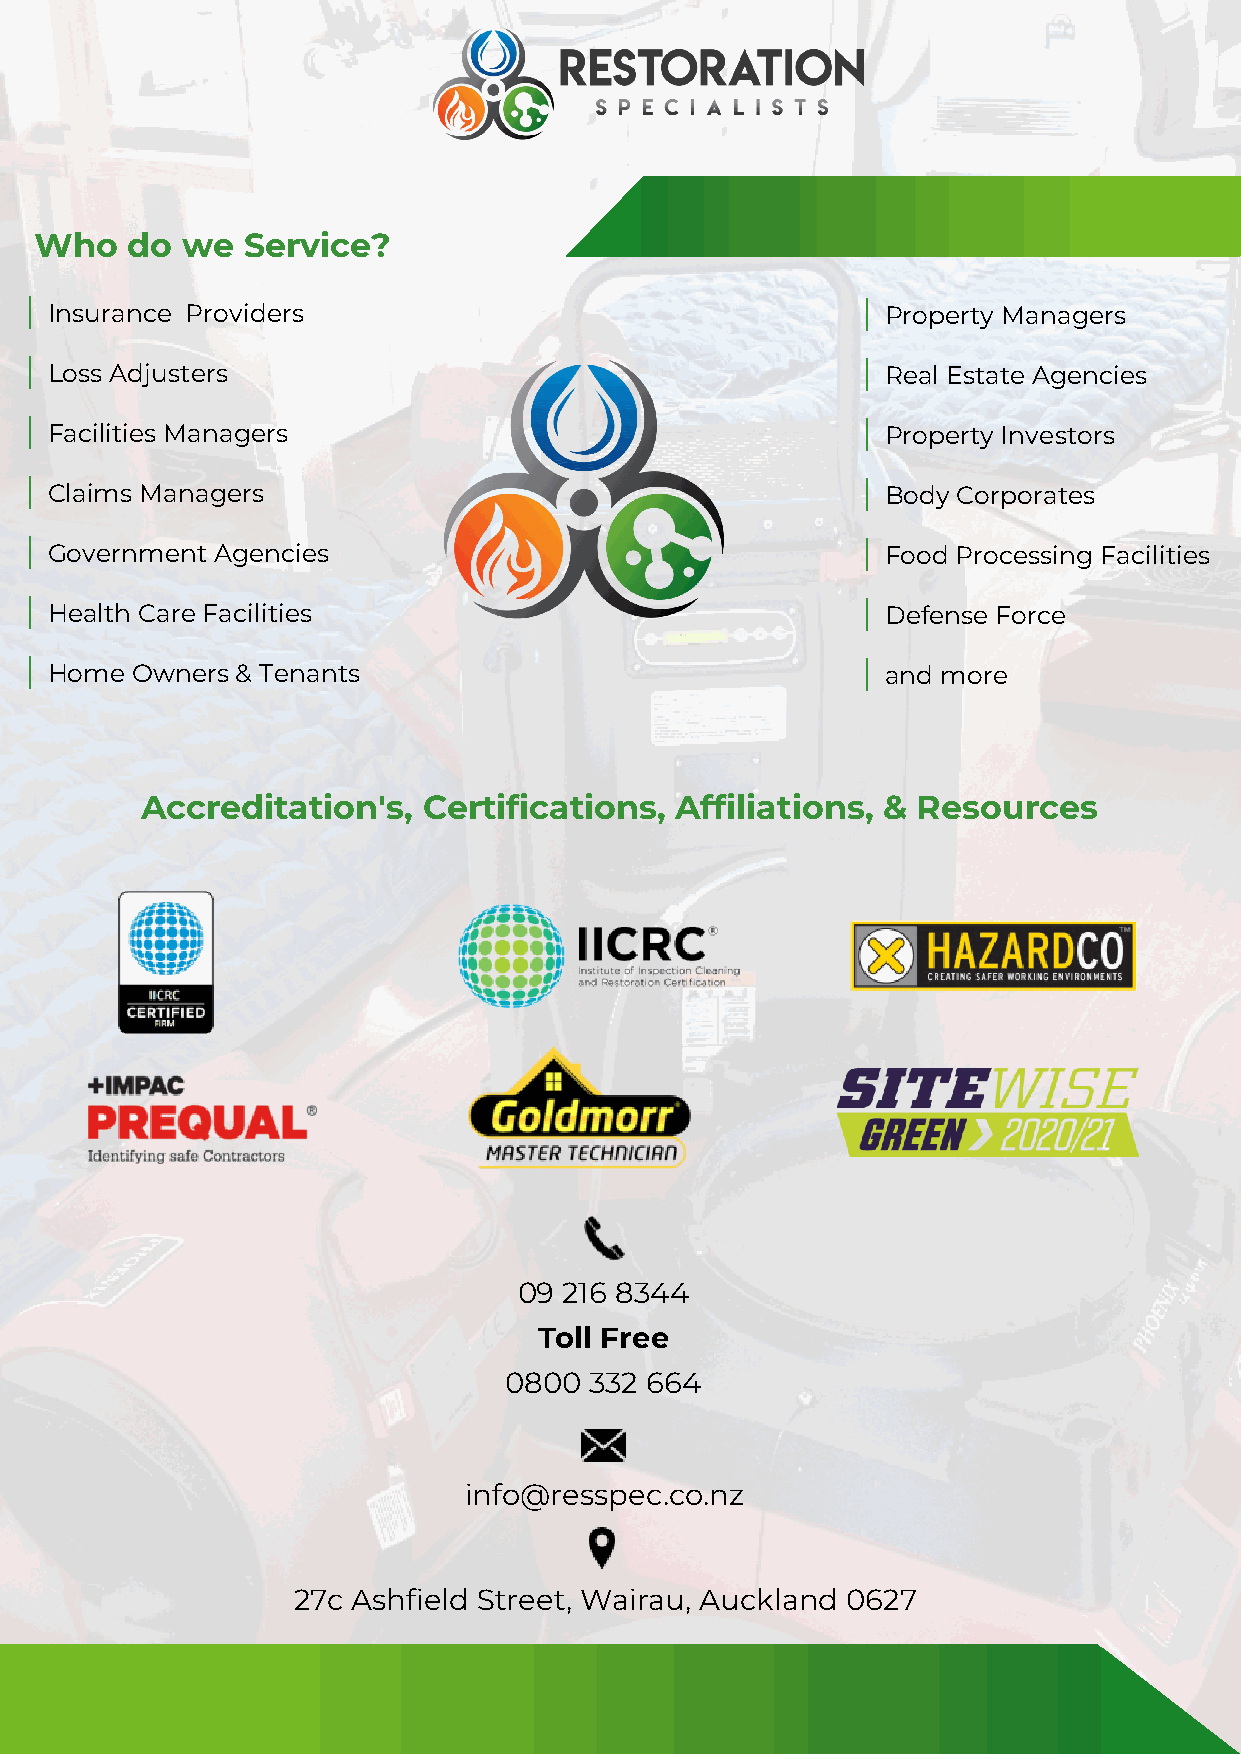
Who   do  we  Service?
 | Insurance Providers                                  | Property Managers
 | Loss Adjusters                                       | Real Estate Agencies
 | Facilities Managers                                  | Property Investors
 | Claims Managers                                      | Body Corporates
 | Government Agencies                                  | Food Processing Facilities
 | Health Care Facilities                               | Defense Force
 | Home Owners & Tenants                                | and more
 Accreditation's,   Certifications,  Affiliations, & Resources
 09 216 8344
 Toll Free
 0800  332 664
 info@resspec.co.nz
 27c Ashfield Street, Wairau, Auckland 0627